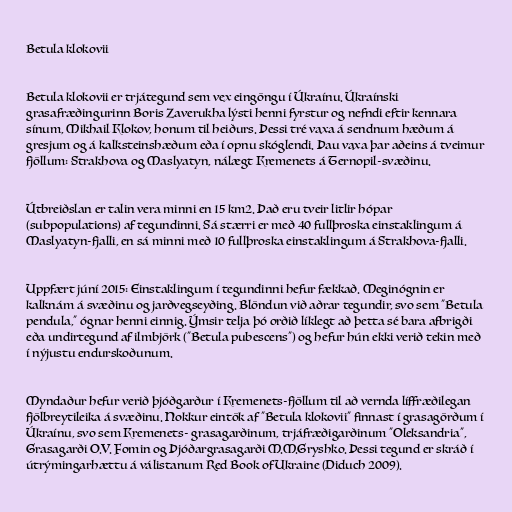
Betula klokovii

Betula klokovii er trjátegund sem vex eingöngu í Úkraínu. Úkraínski
grasafræðingurinn Boris Zaverukha lýsti henni fyrstur og nefndi eftir kennara
sínum, Mikhail Klokov, honum til heiðurs. Þessi tré vaxa á sendnum hæðum á
gresjum og á kalksteinshæðum eða í opnu skóglendi. Þau vaxa þar aðeins á tveimur
fjöllum: Strakhova og Maslyatyn, nálægt Kremenets á Ternopil-svæðinu.

Útbreiðslan er talin vera minni en 15 km2. Það eru tveir litlir hópar
(subpopulations) af tegundinni. Sá stærri er með 40 fullþroska einstaklingum á
Maslyatyn-fjalli, en sá minni með 10 fullþroska einstaklingum á Strakhova-fjalli.

Uppfært júní 2015: Einstaklingum í tegundinni hefur fækkað. Meginógnin er
kalknám á svæðinu og jarðvegseyðing. Blöndun við aðrar tegundir, svo sem "Betula
pendula," ógnar henni einnig. Ýmsir telja þó orðið líklegt að þetta sé bara afbrigði
eða undirtegund af ilmbjörk ("Betula pubescens") og hefur hún ekki verið tekin með
í nýjustu endurskoðunum.

Myndaður hefur verið þjóðgarður í Kremenets-fjöllum til að vernda líffræðilegan
fjölbreytileika á svæðinu. Nokkur eintök af "Betula klokovii" finnast í grasagörðum í
Úkraínu, svo sem Kremenets- grasagarðinum, trjáfræðigarðinum "Oleksandria",
Grasagarði O.V. Fomin og Þjóðargrasagarði M.M.Gryshko. Þessi tegund er skráð í
útrýmingarhættu á válistanum Red Book of Ukraine (Diduch 2009).